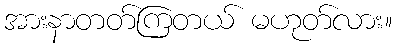
အားနာတတ်ကြတယ် မဟုတ်လား။